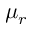
\mu _ { r }